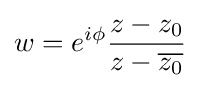
w=e^{i\phi }{\frac {z-z_{0}}{z-{\overline {z_{0}}}}}